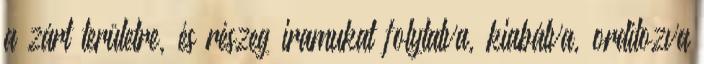
a zárt területre, és részeg iramukat folytatva, kiabálva, ordítozva